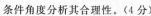
条件角度分析其合理性。(4分)